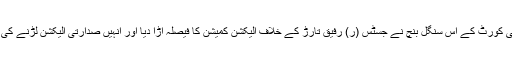
یقین تھا کہ لاہور ہائی کورٹ کے اس سنگل بنچ نے جسٹس (ر) رفیق تارڑ کے خلاف الیکشن کمیشن کا فیصلہ اڑا دیا اور انہیں صدارتی الیکشن لڑنے کی اجازت دے دی گئی۔